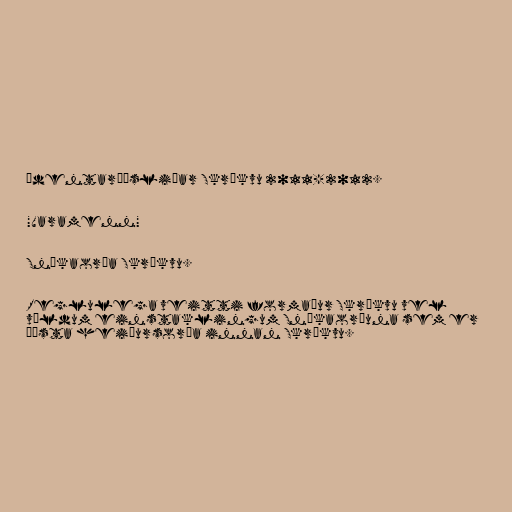
údentaráðsliðar Skrökvu 2011-2012.

"Varamenn"

Snákaorða Skrökvu.

Reglulega veitti formaður Skrökvu vel
völdum einstaklingum Snákaorðuna sem er
æðsta heiðursorða innan Skrökvu.